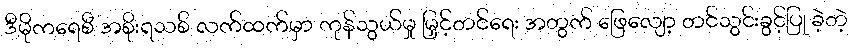
ဒီမိုကရေစီ အစိုးရသစ် လက်ထက်မှာ ကုန်သွယ်မှု မြှင့်တင်ရေး အတွက် ဖြေလျော့ တင်သွင်းခွင့်ပြု ခဲ့တဲ့